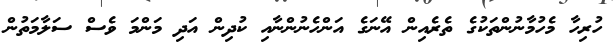
ހުރިހާ މެހުމާނުންތަކުގެ ތެރެއިން އޭނަގެ އަންހެނުންނާއި ކުދިން އަދި މަންމަ ވެސް ސަލާމަތުން